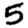
Digit: 5